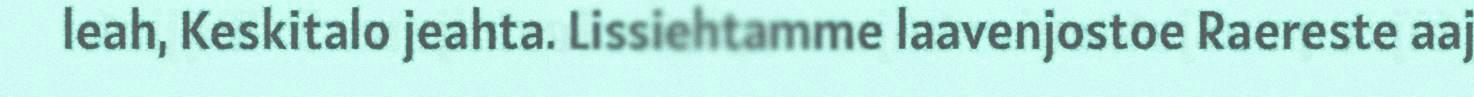
leah, Keskitalo jeahta. Lissiehtamme laavenjostoe Raereste aaj